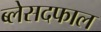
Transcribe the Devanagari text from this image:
ब्लेसदफाल